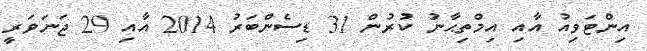
އިންޓަވިއު އާއި އިމްތިޙާނު ކުރުން 31 ޑިސެންބަރު 2014 އާއި 29 ޖަނަވަރީ